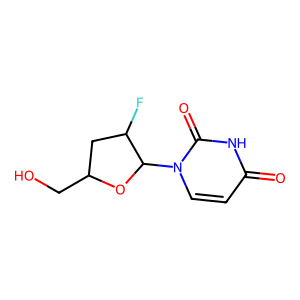
SMILES: O=c1ccn(C2OC(CO)CC2F)c(=O)[nH]1
Inhibits HIV replication: No